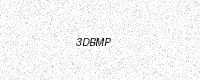
Text: 3DBMP